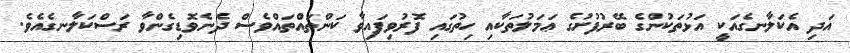
އަދި އެކަލާނގެއަކީ އަޅުތަކުންގެ ބޭރުފުށުގެ ޢަމަލުތަކާއި ހިތުގައި ފޮރުވިފައިވާ ކަންތައްތައްވެސް ދެނެވޮޑިގެންވާ ރަސްކަލާނގެއެވެ.